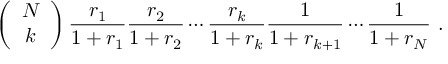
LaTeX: \left( \begin{array} { c } { { N } } \\ { { k } } \end{array} \right) { \frac { r _ { 1 } } { 1 + r _ { 1 } } } { \frac { r _ { 2 } } { 1 + r _ { 2 } } } \cdots { \frac { r _ { k } } { 1 + r _ { k } } } { \frac { 1 } { 1 + r _ { k + 1 } } } \cdots { \frac { 1 } { 1 + r _ { N } } } \ .